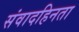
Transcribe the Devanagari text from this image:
संवादहिनता